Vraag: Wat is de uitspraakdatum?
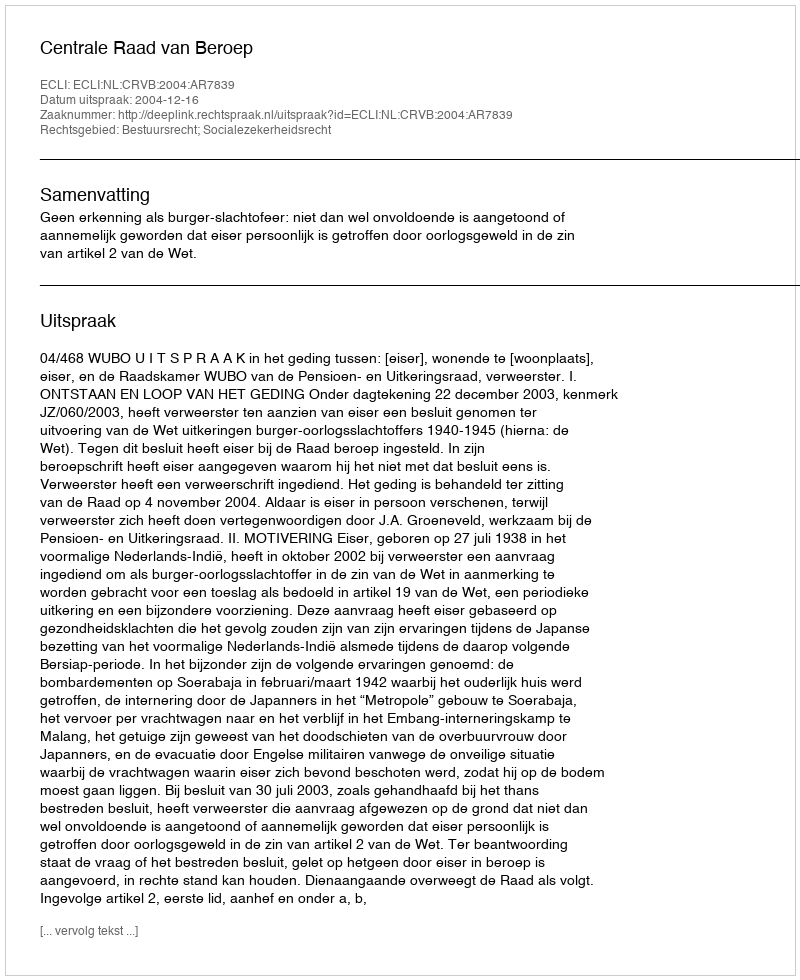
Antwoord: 2004-12-16